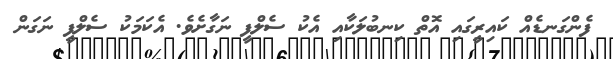
ފެންގަނޑެއް ކައިރީގައި އޮތް ކިނބުލަކާއި އެކު ސެލްފީ ނަގާށެވެ. އެކަމަކު ސެލްފީ ނަގަން